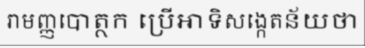
រាមញ្ញបោត្ថក ប្រើអាទិសង្កេតន័យថា